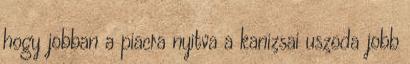
hogy jobban a piacra nyitva a kanizsai uszoda jobb